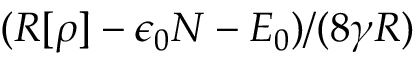
( R [ \rho ] - \epsilon _ { 0 } { \cal N } - E _ { 0 } ) / ( 8 \gamma R )